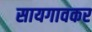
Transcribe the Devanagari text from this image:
सायगावकर